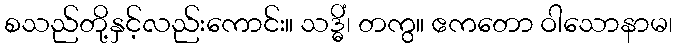
စသည်တို့နှင့်လည်းကောင်း။ သဒ္ဓိံ၊ တကွ။ ဧကတော ဝါသောနာမ၊